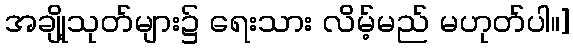
အချို့သုတ်များ၌ ရေးသား လိမ့်မည် မဟုတ်ပါ။]